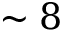
\sim 8